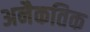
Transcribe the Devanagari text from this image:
अनैकतिक